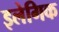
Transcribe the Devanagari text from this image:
इलेगिक